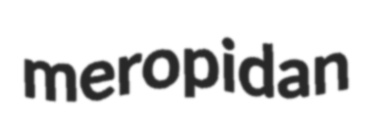
meropidan